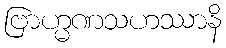
ဗြာဟ္မဏသဟဿာနိ